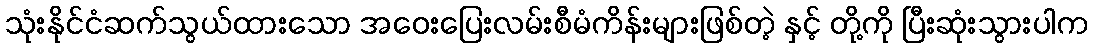
သုံးနိုင်ငံဆက်သွယ်ထားသော အဝေးပြေးလမ်းစီမံကိန်းများဖြစ်တဲ့ နှင့် တို့ကို ပြီးဆုံးသွားပါက